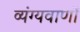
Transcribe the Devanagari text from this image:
व्यंग्यवाणों